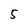
Character: 5